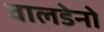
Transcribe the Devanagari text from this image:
वालडेनो